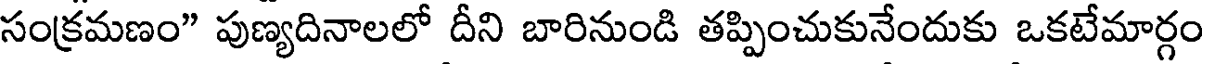
సంక్రమణం" పుణ్యదినాలలో దీని బారినుండి తప్పించుకునేందుకు ఒకటేమార్గం